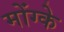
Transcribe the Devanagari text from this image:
मोंग्के